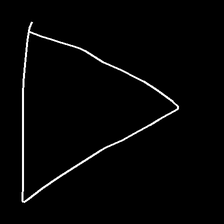
Glyph: convergence